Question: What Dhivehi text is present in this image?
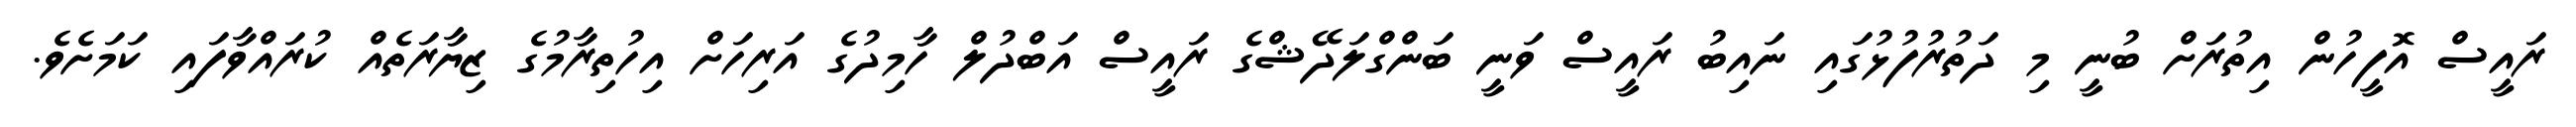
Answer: ރައީސް އޮފީހުން އިތުރަށް ބުނީ މި ދަތުރުފުޅުގައި ނައިބު ރައީސް ވަނީ ބަންގްލަދޭޝްގެ ރައީސް އަބްދުލް ހާމިދުގެ އަރިހަށް އިހުތިރާމުގެ ޒިޔާރަތެއް ކުރައްވާފައި ކަމަށެވެ.